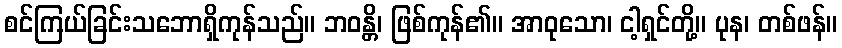
စင်ကြယ်ခြင်းသဘောရှိကုန်သည်။ ဘဝန္တိ၊ ဖြစ်ကုန်၏။ အာဝုသော၊ ငါ့ရှင်တို့။ ပုန၊ တစ်ဖန်။